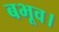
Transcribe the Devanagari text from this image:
बभूव।